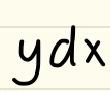
$y dx$